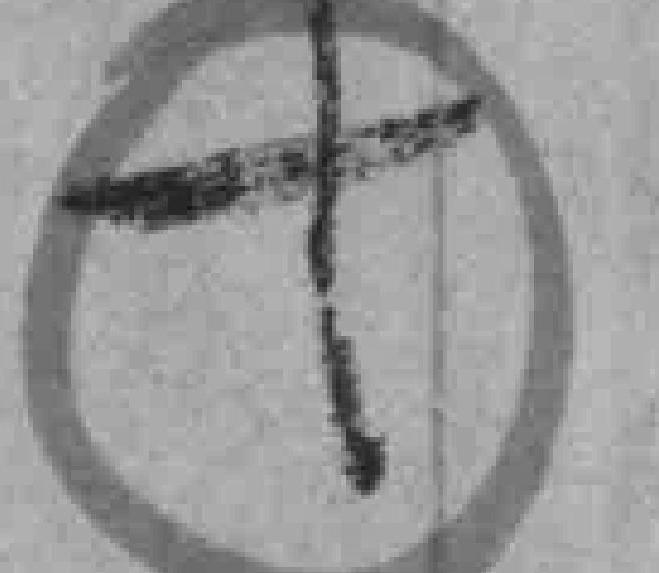
十